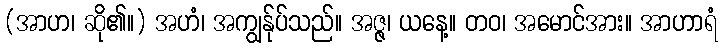
(အာဟ၊ ဆို၏။) အဟံ၊ အကျွန်ုပ်သည်။ အဇ္ဇ၊ ယနေ့။ တဝ၊ အမောင်အား။ အာဟာရံ